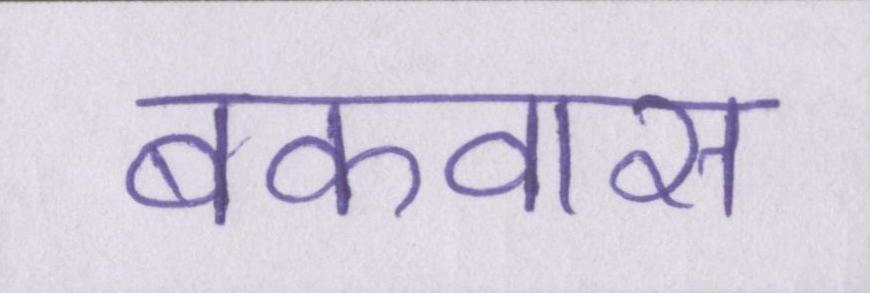
बकवास